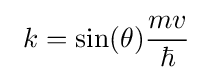
~k=\sin(\theta ){\frac {mv}{\hbar }}~